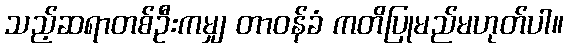
သည့်ဆရာတစ်ဦးကမျှ တာဝန်ခံ ကတိပြုမည်မဟုတ်ပါ။